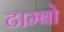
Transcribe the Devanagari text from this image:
टाम्बो